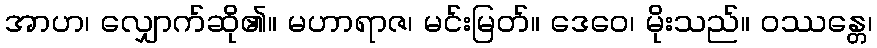
အာဟ၊ လျှောက်ဆို၏။ မဟာရာဇ၊ မင်းမြတ်။ ဒေဝေ၊ မိုးသည်။ ဝဿန္တေ၊